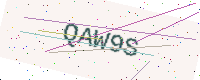
Text: QAW9S